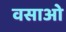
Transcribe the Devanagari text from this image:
वसाओ